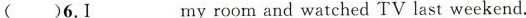
（）6. I___my room and watched TV last weekend.